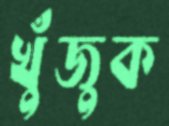
খুঁজুক